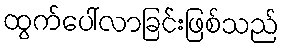
ထွက်ပေါ်လာခြင်းဖြစ်သည်